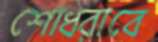
শোধরাবে